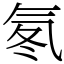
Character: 氡